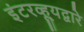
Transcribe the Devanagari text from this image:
इंटरव्ह्यूद्वारे